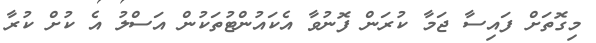
މިގޮތަށް ފައިސާ ޖަމާ ކުރަން ފޮނުވާ އެކައުންޓުތަކުން އަސްލު އެ ކުށް ކުރާ